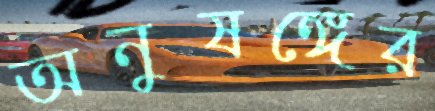
অনুষঙ্গের